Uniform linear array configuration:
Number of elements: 4
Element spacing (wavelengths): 0.25
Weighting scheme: hann
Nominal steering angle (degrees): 45
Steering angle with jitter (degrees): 46.747
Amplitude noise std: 0.05
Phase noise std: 0.05

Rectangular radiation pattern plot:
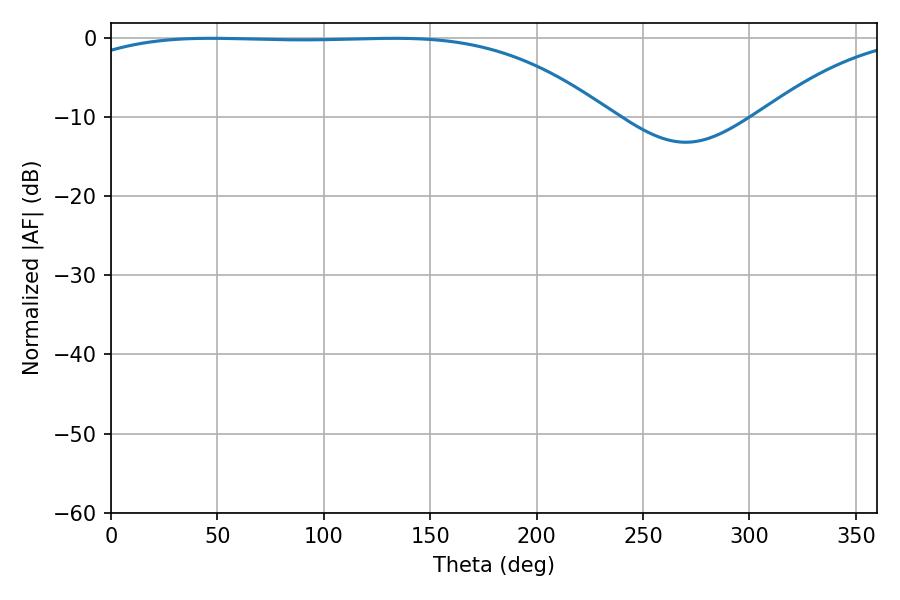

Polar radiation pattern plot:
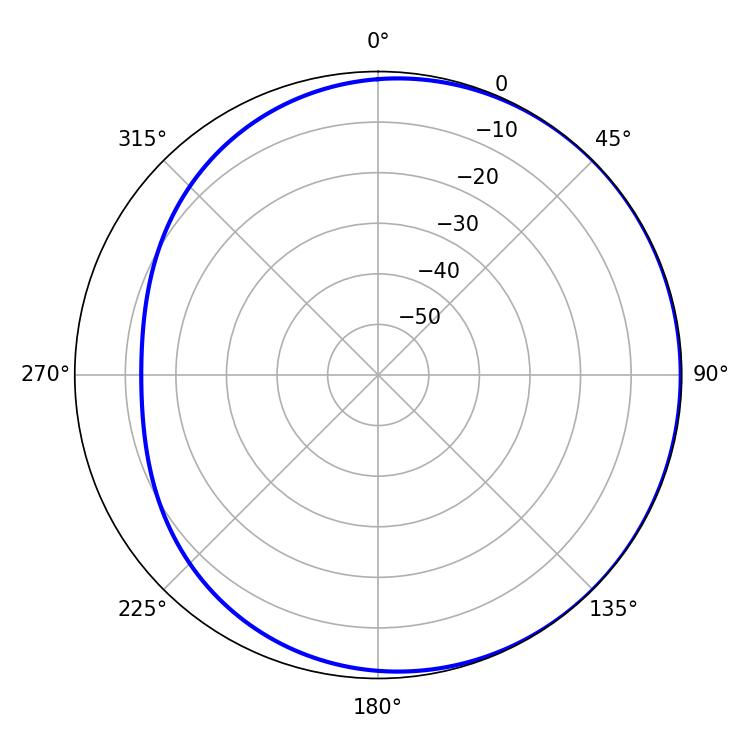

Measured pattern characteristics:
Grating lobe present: FALSE
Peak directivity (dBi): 0.9243
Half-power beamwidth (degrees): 195.66
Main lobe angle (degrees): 46.98